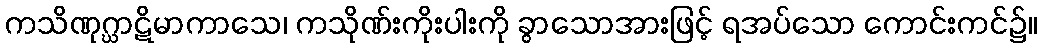
ကသိဏုဂ္ဃာဋိမာကာသေ၊ ကသိုဏ်းကိုးပါးကို ခွာသောအားဖြင့် ရအပ်သော ကောင်းကင်၌။